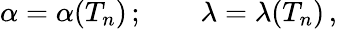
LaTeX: \alpha=\alpha(T_{n})\, ;\qquad\lambda=\lambda(T_{n})\, ,